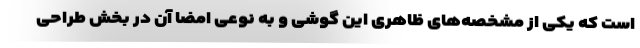
است که یکی از مشخصه‌های ظاهری این گوشی و به نوعی امضا آن در بخش طراحی